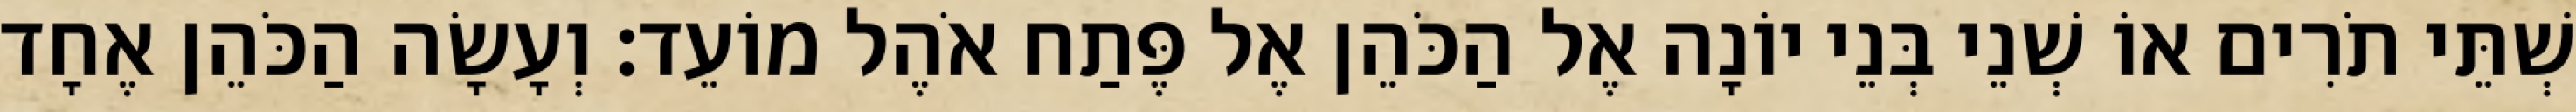
שְׁתֵּי תֹרִים אוֹ שְׁנֵי בְּנֵי יוֹנָה אֶל הַכֹּהֵן אֶל פֶּתַח אֹהֶל מוֹעֵד׃ וְעָשָׂה הַכֹּהֵן אֶחָד